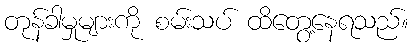
တုန်ခါမှုများကို စမ်းသပ် ထိတွေ့နေရသည်။